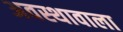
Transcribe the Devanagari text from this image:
अवस्थावाला